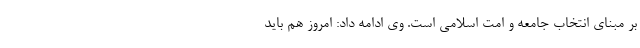
بر مبنای انتخاب جامعه و امت اسلامی است. وی ادامه داد: امروز هم باید